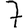
Digit: 7